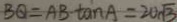
B Q = A B \cdot \tan A = 2 0 \sqrt { 3 }